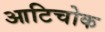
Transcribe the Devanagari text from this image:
आटिचोक